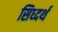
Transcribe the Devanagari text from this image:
सिध्दर्थ